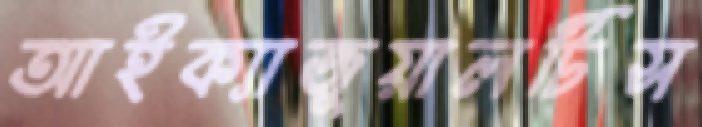
আইক্যাজুয়ালটিস